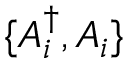
\{ A _ { i } ^ { \dagger } , A _ { i } \}